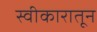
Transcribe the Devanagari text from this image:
स्वीकारातून